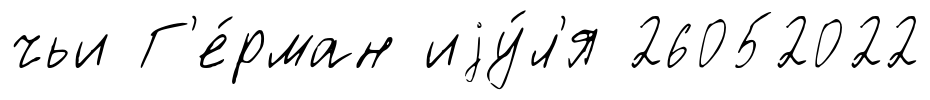
чьи Г'е́рман иjу́л'я 26052022